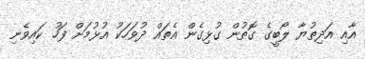
އާއި އަދިތުޔާ ލޯބީގެ ގޮތުން ގުޅިގެން އެތައް ދުވަހަކު އުޅުމަށް ފަހު ކައިވެނި